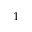
^ { 1 \, }